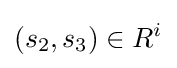
(s_{2},s_{3})\in R^{i}